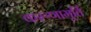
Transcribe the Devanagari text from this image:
करूणामूर्ति